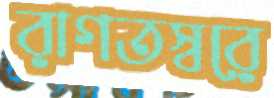
রাগতস্বরে